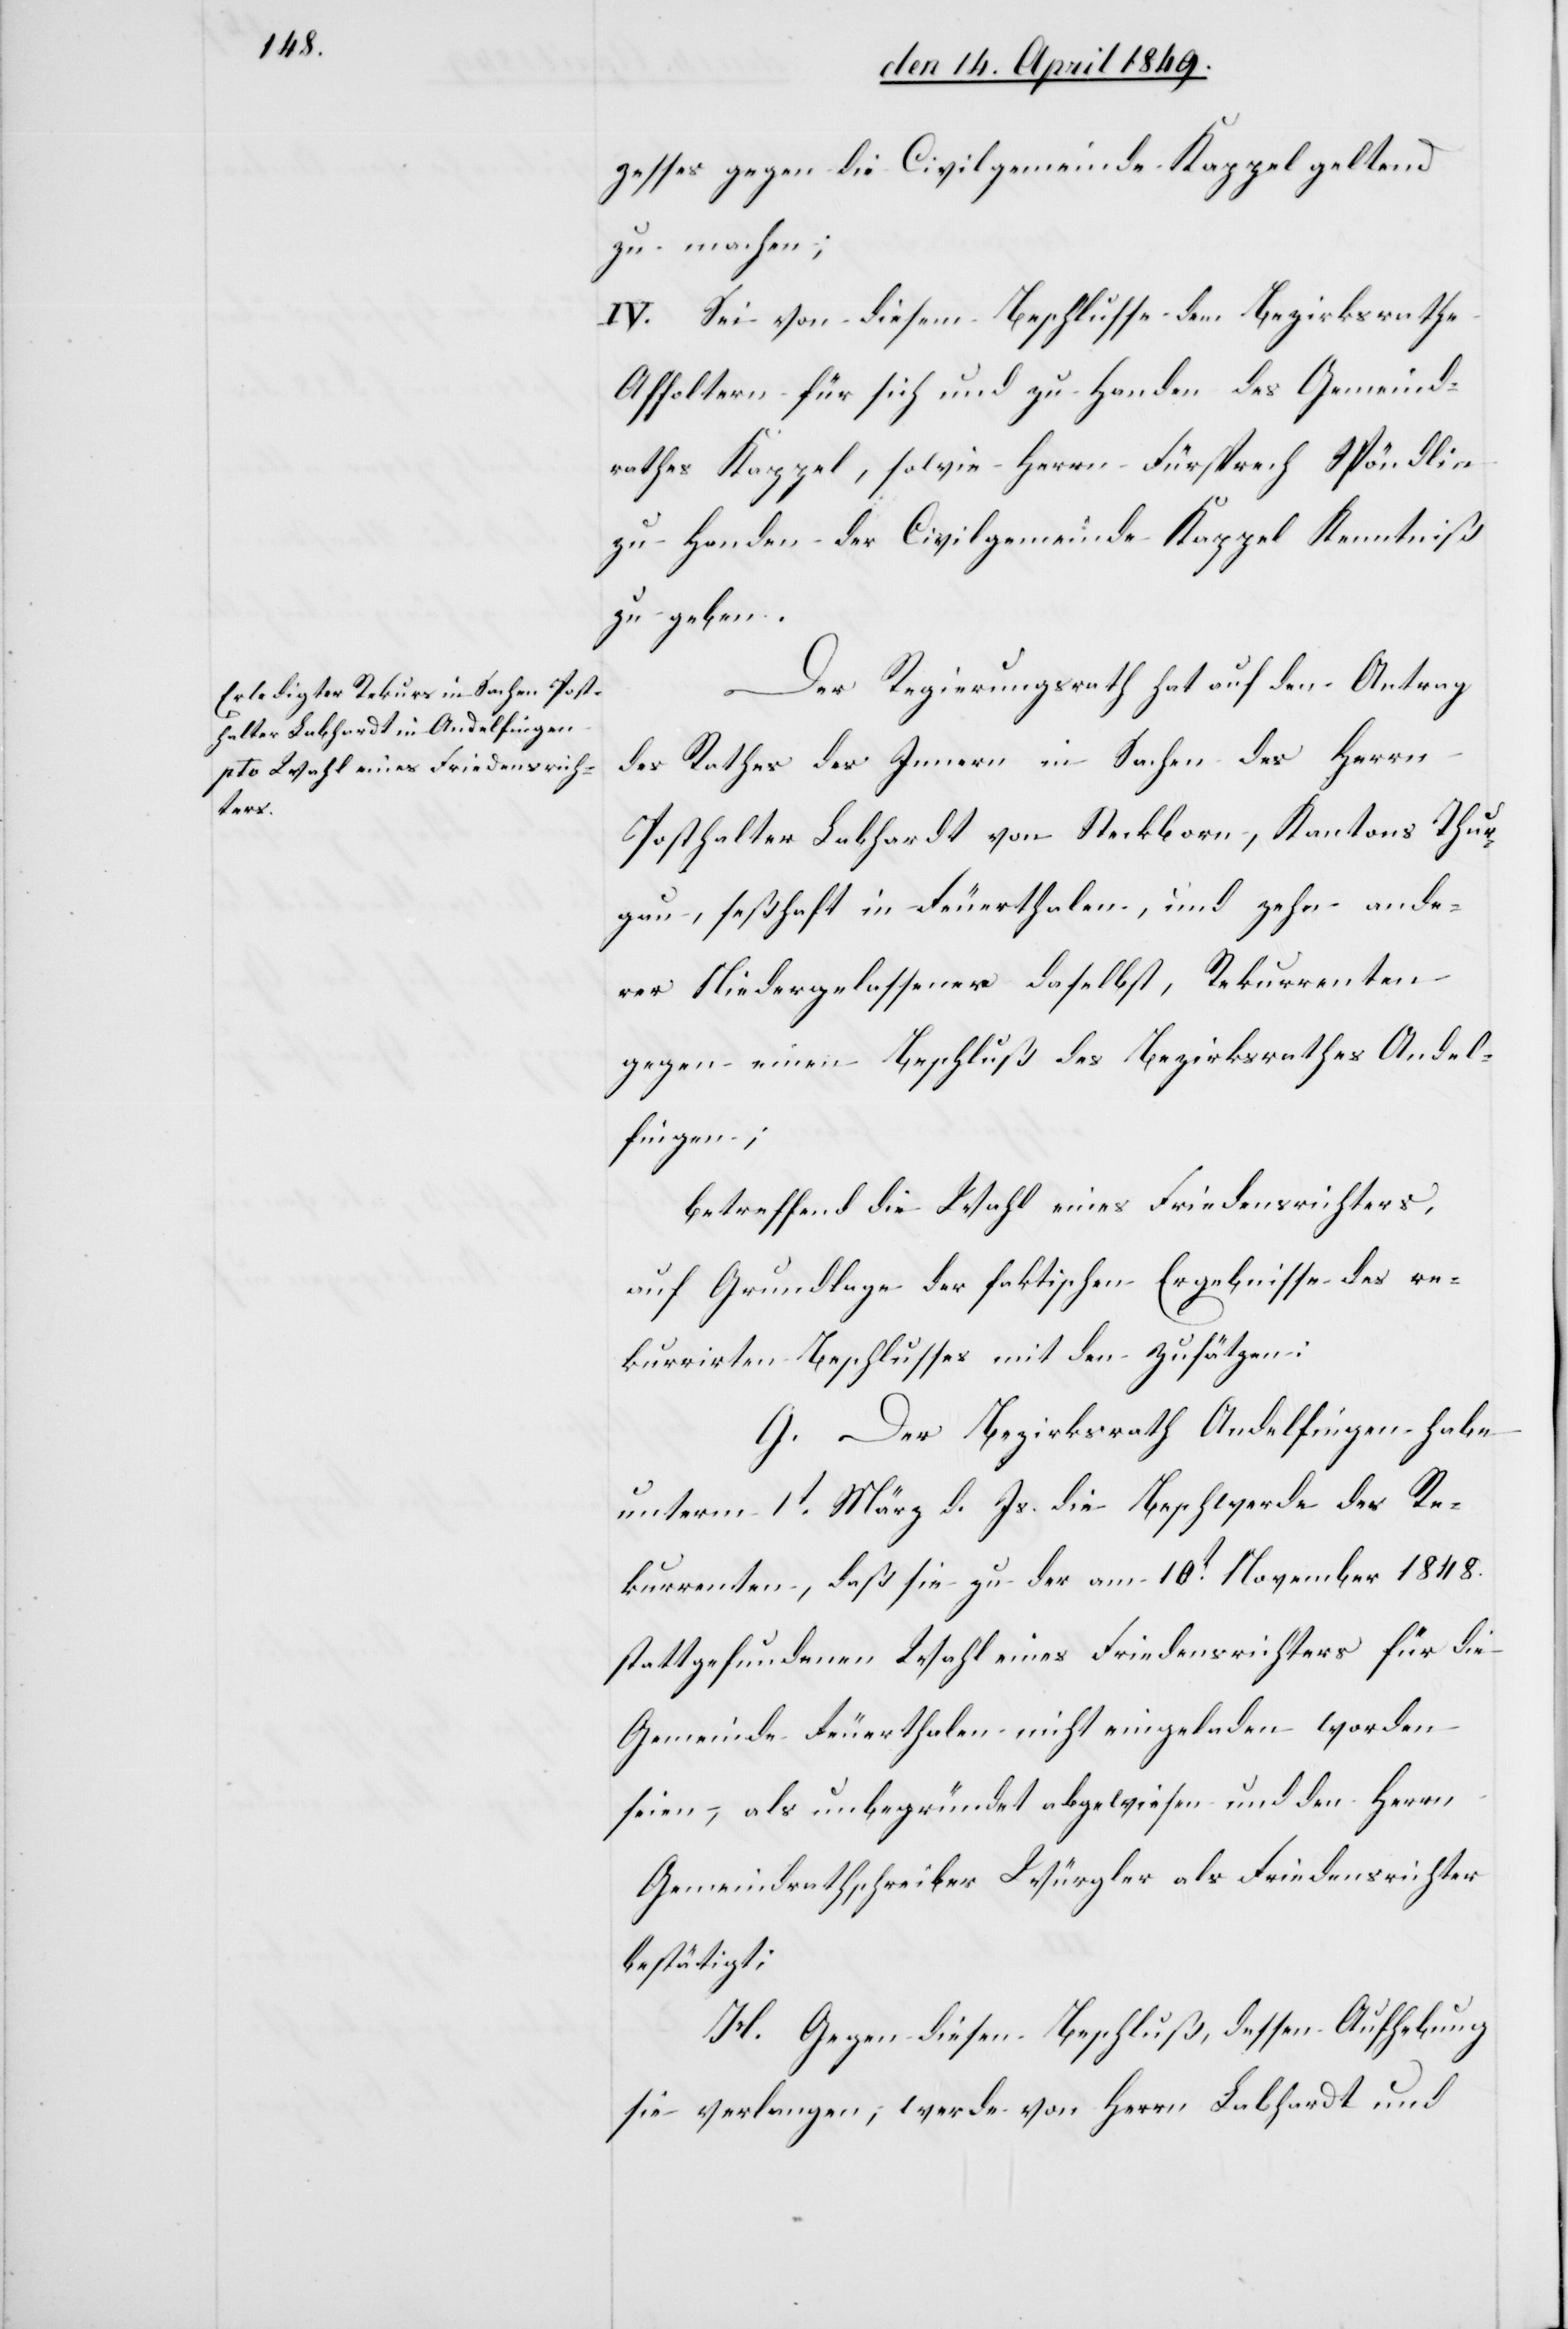
zesses gegen die Civilgemeinde Kappel geltend
zu machen;
IV. Sei von diesem Beschlusse dem Bezirksrathe
Affoltern für sich und zu Handen des Gemeind¬
rathes Kappel, sowie Herrn Fürsprech Spöndlin
zu Handen der Civilgemeinde Kappel Kenntniß
zu geben.
Der Regierungsrath hat auf den Antrag
des Rathes des Innern in Sachen des Herrn
Posthalter Labhardt von Steckborn, Kantons Thur¬
gau, seßhaft in Feuerthalen, und zehn ande¬
rer Niedergelassener daselbst, Rekurrenten
gegen einen Beschluß des Bezirksrathes Andel¬
fingen;
betreffend die Wahl eines Friedensrichters,
auf Grundlage der faktischen Ergebnisse des re¬
kurrirten Beschlusses mit den Zusätzen:
G. Der Bezirksrath Andelfingen habe
unterm 1t März d. Js. die Beschwerde des Re¬
kurrenten, daß sie zu der am 10t November 1848.
stattgefundenen Wahl eines Friedensrichters für die
Gemeinde Feuerthalen nicht eingeladen worden
seien, als unbegründet abgewiesen und den Herrn
Gemeindrathschreiber Würgler als Friedensrichter
bestätigt:
H. Gegen diesen Beschluß, dessen Aufhebung
sie verlangen, werde von Herrn Labhardt und